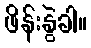
ဖိန်းနွဲခါ။